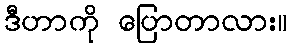
ဒီဟာကို ပြောတာလား။